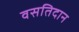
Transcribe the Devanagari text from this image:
वसतिदान